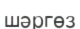
шәргөз